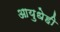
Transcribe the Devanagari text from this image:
आयुधेही